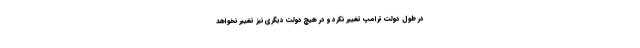
در طول دولت ترامپ تغییر نکرد و در هیچ دولت دیگری نیز تغییر نخواهد